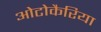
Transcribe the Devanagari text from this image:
ओटोकैरिया